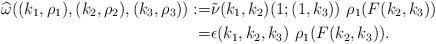
LaTeX: \begin{align*} \widehat{\omega}((k_1, \rho_1), (k_2,\rho_2),(k_3 ,\rho_3)) :=& \tilde{\nu}(k_1,k_2)(1;(1,k_3)) \ \rho_1(F(k_2,k_3))\\ =& \epsilon(k_1,k_2,k_3) \ \rho_1(F(k_2,k_3)). \end{align*}